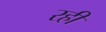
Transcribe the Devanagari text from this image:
रही